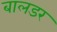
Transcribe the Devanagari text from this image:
बालडर